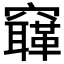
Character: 𥨳